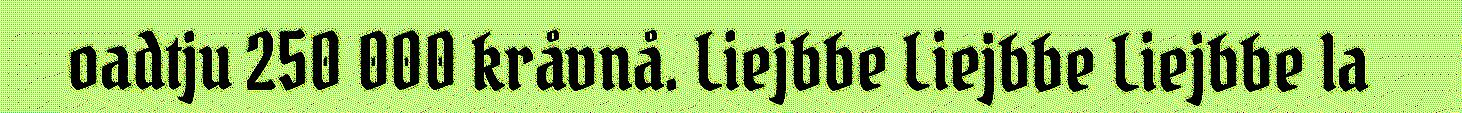
oadtju 250 000 kråvnå. Liejbbe Liejbbe Liejbbe la